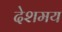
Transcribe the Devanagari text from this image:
देशमय